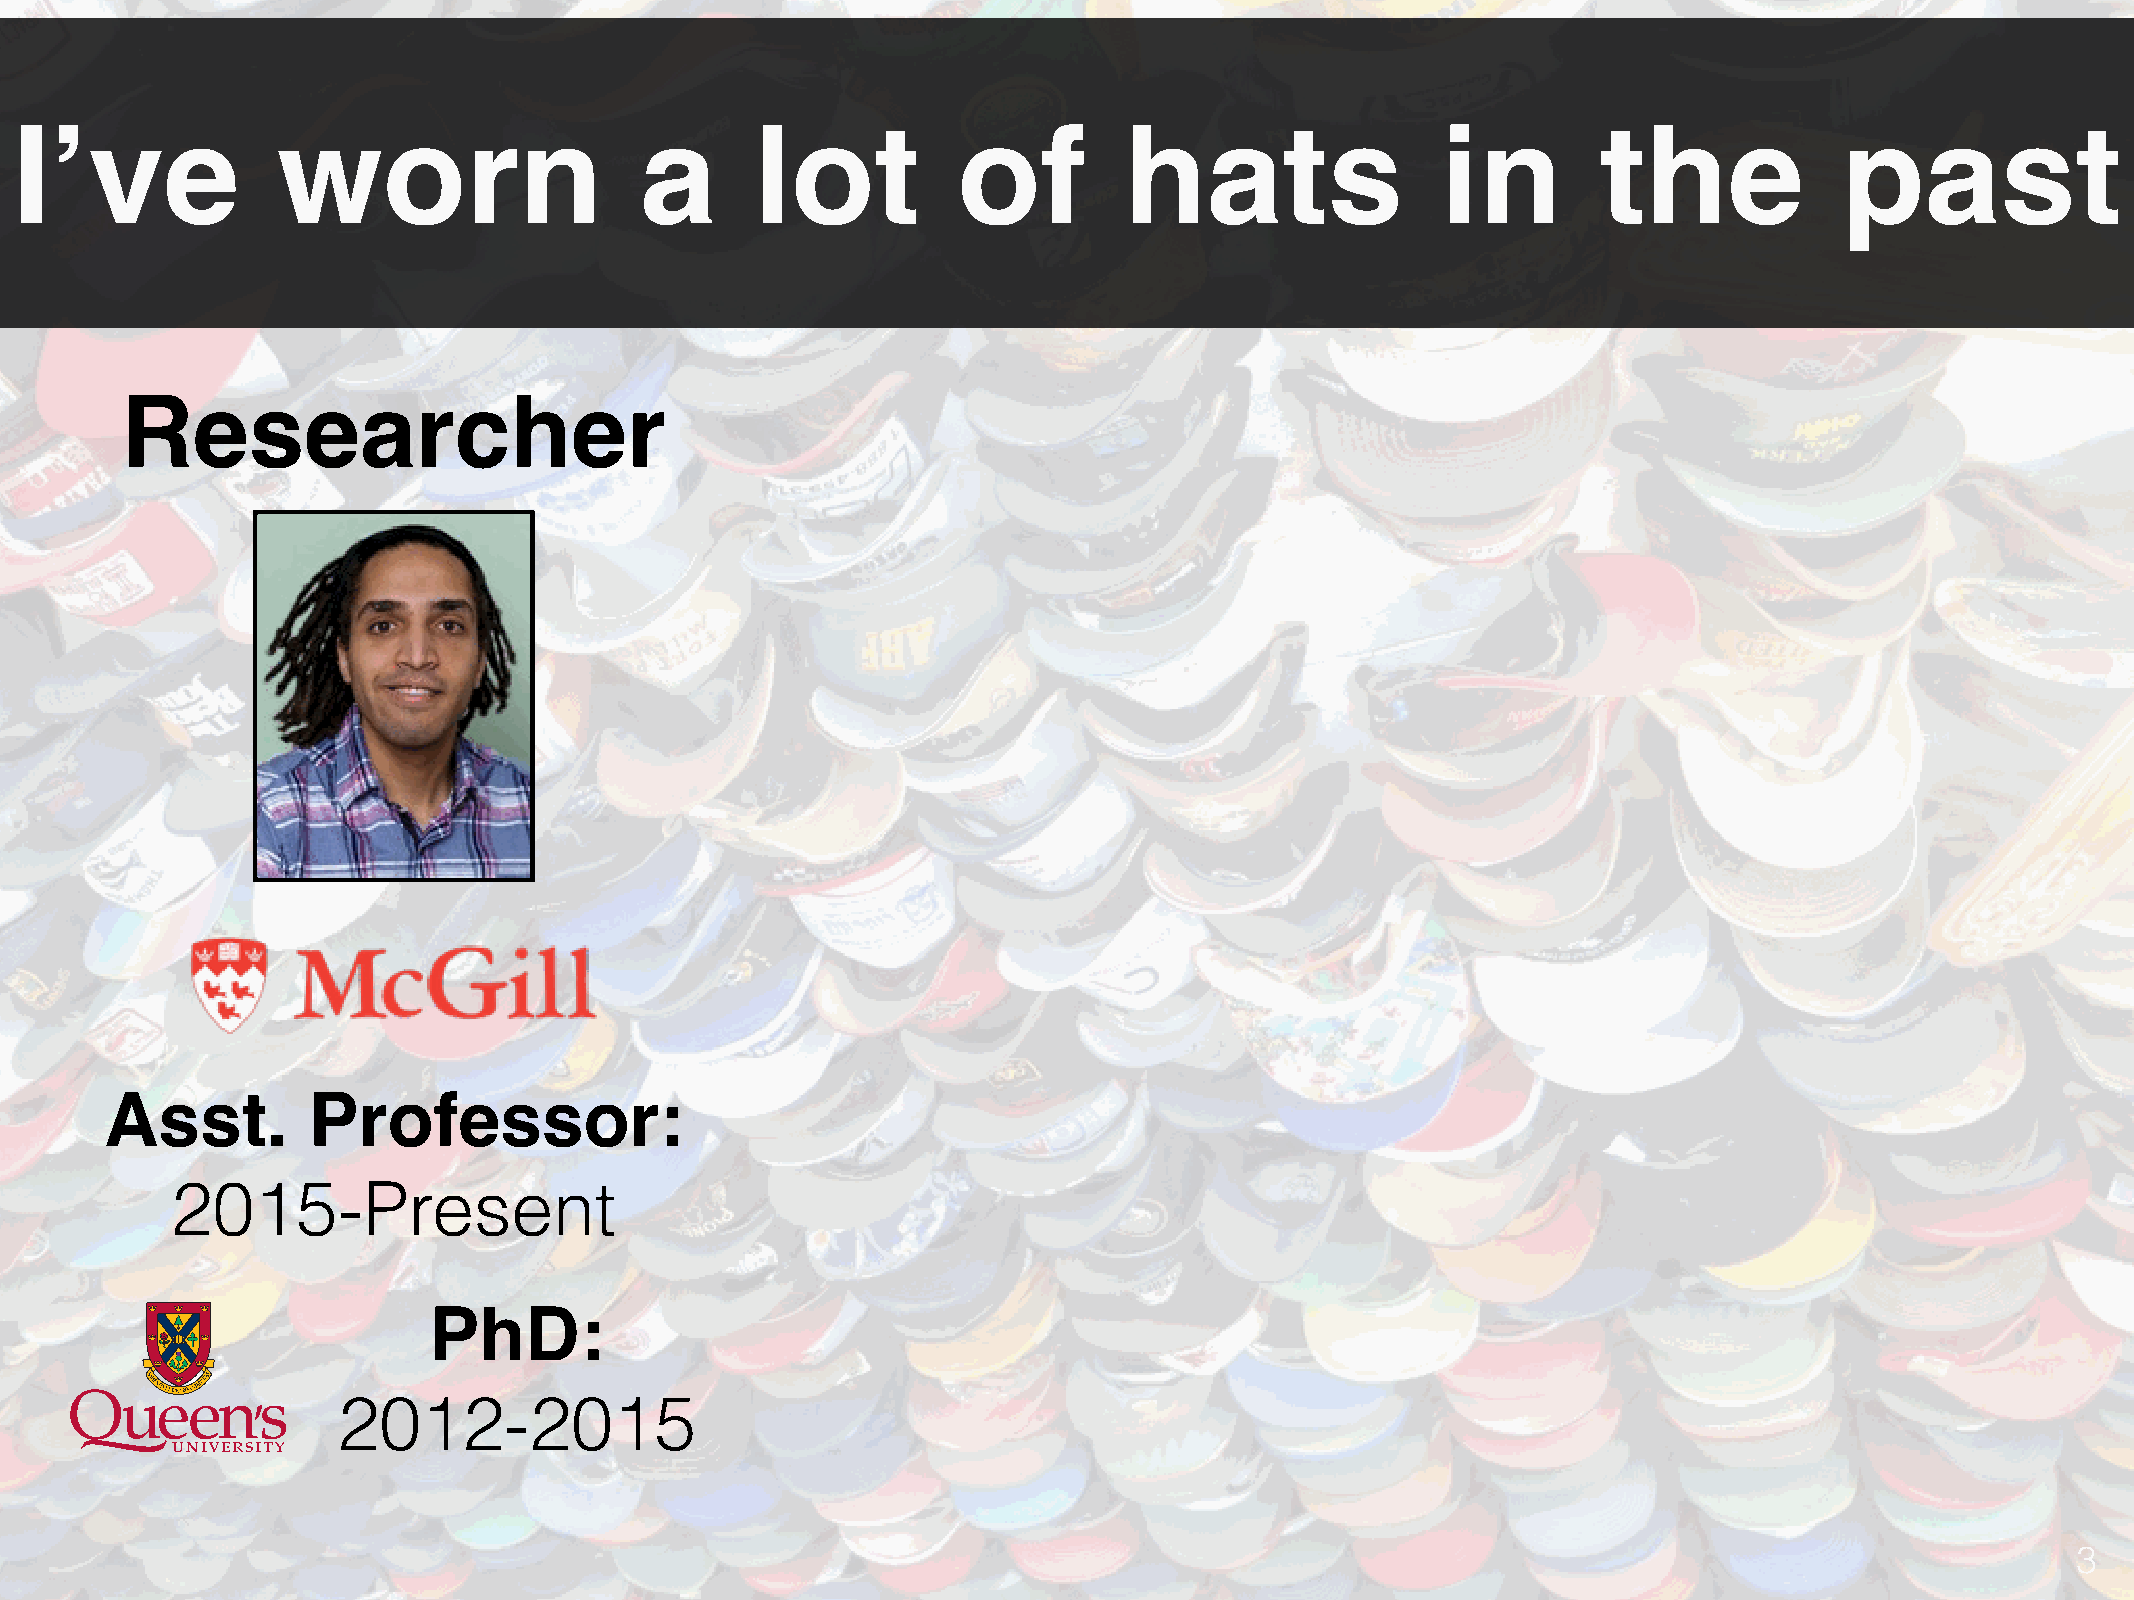
I’ve             worn                    a       lot          of         hats                 in         the             past
 Researcher
 Asst.        Professor:
 2015-Present
 PhD:
 2012-2015
 3